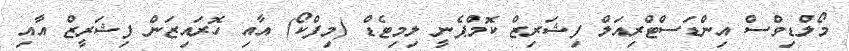
މޯލްޑިވްސް އިންޑަސްޓްރިއަލް ފިޝަރިޒް ކޮމްޕެނީ ލިމިޓެޑް (މިފްކޯ) އާއި ހޮރައިޒަން ފިޝަރީޒް އާއި